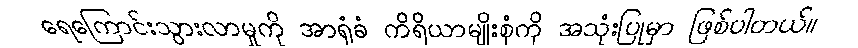
ရေကြောင်းသွားလာမှုကို အာရုံခံ ကိရိယာမျိုးစုံကို အသုံးပြုမှာ ဖြစ်ပါတယ်။